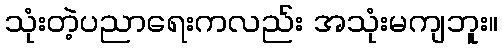
သုံးတဲ့ပညာရေးကလည်း အသုံးမကျဘူး။